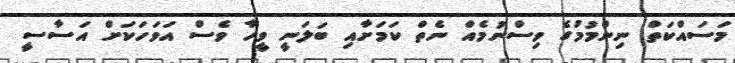
މަސައްކަތް ނިންމުމުގެ ވިސްނުމެއް ނެތް ކަމަށާއި ބަލަނީ ވީހާ ވެސް އަވަހަކަށް އަސާސީ